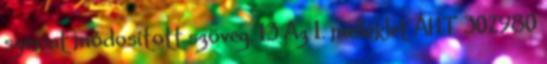
szerint módosított szöveg. 13 Az 1. melléklet ÁHT 302980